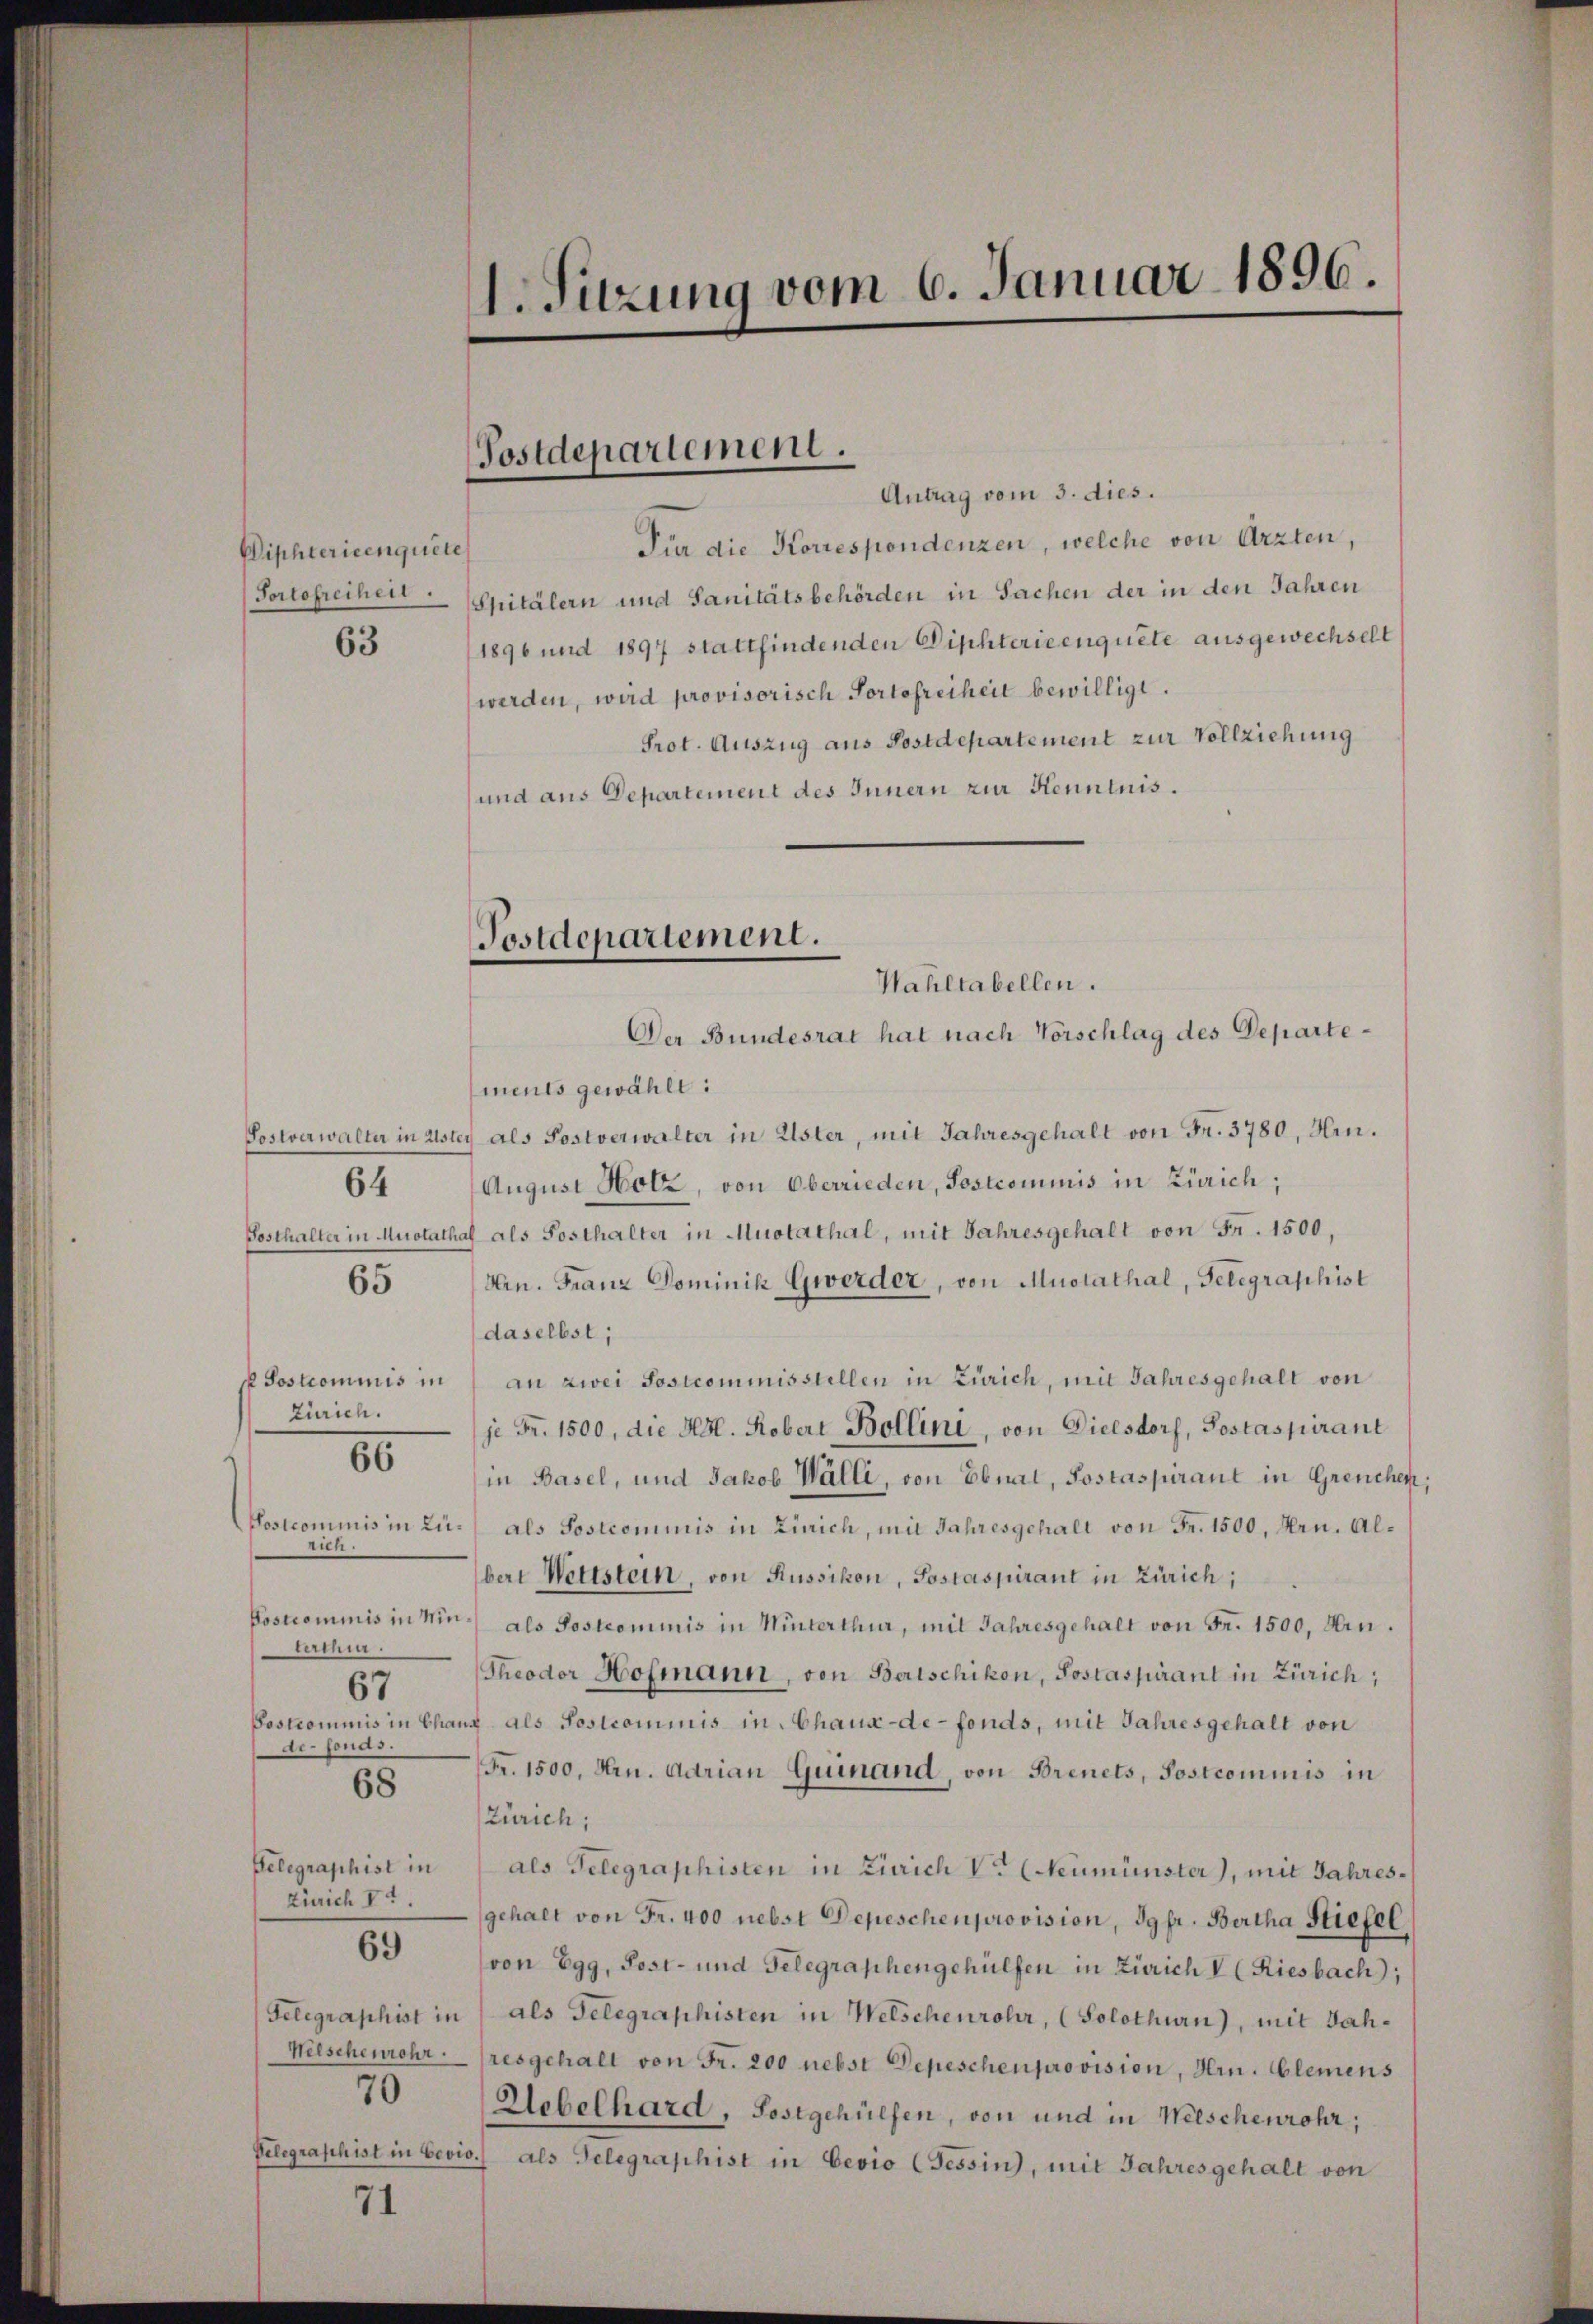
Diphterieenquete
Portofreiheit.

65

63

64

Sostrominis in
Zürich.
Postcommis in Luhin.
Postcommis in Minterchi
67
de Jonas.

80

68

Zürich Ve

69

70

71

ments gewählt:
Postverwalter in alstey als Postverwalter in Uster, mit Jahresgehalt von Fr. 3780, Hrn.
August Hotz, von Oberrieden, Postcommis in Zürich;
Posthalter in Muotathal als Posthalter in Muotathal, mit Jahresgehalt von Fr. 1500,
Hrn. Franz Dominik Gwerder, von Mustathal, Gelegraphist
daselbst;
an zwei Sosicommisstellen in Zürich, mit Jahresgehalt von
je Fr. 1500, die Kgl. Kobert Bollini, von Dielsdorf, Sostaspirant
in Basel, und Jakob Walli, von Ebnat, Postaspirant in Grenchen,
als Sostrominis in Zürich, mit Jahresgehalt von Fr. 1500, Hrn. Albert Wettstein, von Russikon, Postaspirant in Zürich;
als Postcommis in Winterthur, mit Jahresgehalt von Fr. 1500, Hrn.
Theodor Hofmann, von Beischikon, Postaspirant in Zürich;
Poskommnis in Chanz als Postcommis in Chaux-de-fonds, mit Jahresgehalt von
Fr. 1500. Hrn. Adrian Guinand, von Brenets, Postcommis in
Zürich;
Telegraphist in als Telegraphisten in Zürich V (Neumünster), mit Jahresgehalt von Fr. 400 nebst Depeschenprovision, dgpr. Bertha Stiefel
von Egg, Post- und Gelegraphengehülfen in Zürich V (Riesbach;
Telegraphist in als Gelegraphisten in Welschenrohr, (Solothurn), mit Jah¬
Welschenrohr (resgehalt von Fr. 200 nebst Depeschenprovision, Hrn. Clemens
Uebelhard, Sostgehülfen, von und in Welschenrohr,
Velegraphist in bevio.) als Gelegraphist in Eevio (Tessin, mit Jahresgehalt von

1. Sitzung vom 6. Januar 1896.

Postdepartement.

Antrag vom 3. dies.
Für die Korrespondenzen, welche von Arzten,
Spitälern und Sanitätsbehörden in Sachen der in den Jahren
1896 und 1897 stattfindenden Diphterieenquete ausgewechselt
werden, wird provisorisch Portofreiheit bewilligt.
Prot. Auszug aus Postdepartement zur Vollziehung
und aus Departement des Innern zur Kenntnis.

Postdepartement.
Wahltabellen.
Der Bundesrat hat nach Vorschlag des Departe¬